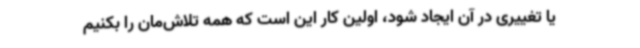
یا تغییری در آن ایجاد شود، اولین کار این است که همه تلاش‌مان را بکنیم